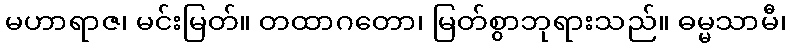
မဟာရာဇ၊ မင်းမြတ်။ တထာဂတော၊ မြတ်စွာဘုရားသည်။ ဓမ္မသာမီ၊